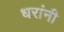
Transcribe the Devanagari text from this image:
धरांनी